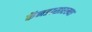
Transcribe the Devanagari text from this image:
कॅनडासारख्या